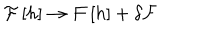
{ \cal F } \left[ h \right] \rightarrow { \cal F } \left[ h \right] + \delta { \cal F }